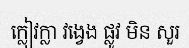
ក្លៀវក្លា វង្វេង ផ្លូវ មិន សួរ